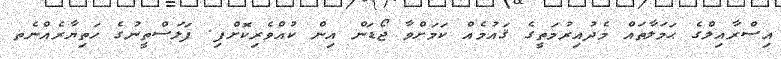
އިސްރާއިލްގެ ޙަމަލާތައް މެދުއިރުމަތީގެ ޤައުމެއް ކަމަށްވާ ޖޯޑަން އިން ކުއްވެރިކޮށްފި. ފަލަސްތީނުގެ ހަތިޔާރެއްނެތ